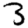
Digit: 3